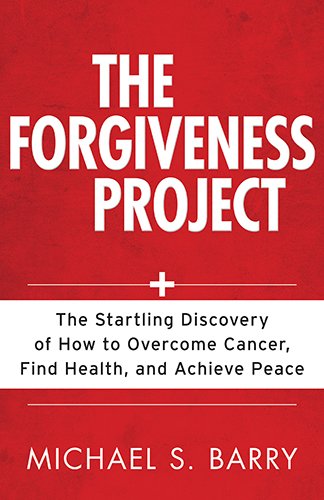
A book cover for The Forgiveness Project: The Startling Discovery of How to Overcome Cancer, Find Health, and Achieve Peace; Michael Barry; Christian Books & Bibles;